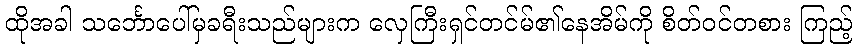
ထိုအခါ သင်္ဘောပေါ်မှခရီးသည်များက လှေကြီးရှင်တင်မ်၏နေအိမ်ကို စိတ်ဝင်တစား ကြည့်